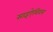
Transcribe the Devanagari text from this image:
साइऐथियम